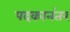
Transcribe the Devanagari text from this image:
पदकानंतर